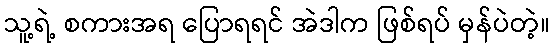
သူ့ရဲ့ စကားအရ ပြောရရင် အဲဒါက ဖြစ်ရပ် မှန်ပဲတဲ့။